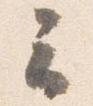
云